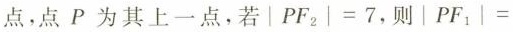
点，点P为其上一点，若$$| P F _ { 2 } | = 7$$，则|$$| P F _ { 1 } | =$$